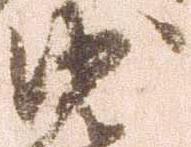
沙